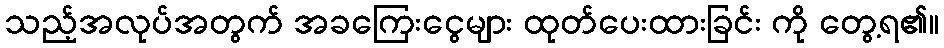
သည့်အလုပ်အတွက် အခကြေးငွေများ ထုတ်ပေးထားခြင်း ကို တွေ့ရ၏။